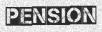
PENSION